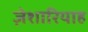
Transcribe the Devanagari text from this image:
ज़ेशारियाह